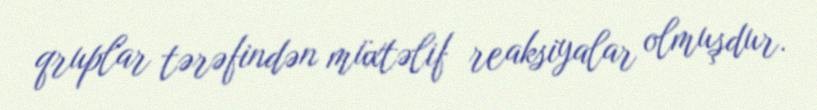
qruplar tərəfindən müxtəlif reaksiyalar olmuşdur.